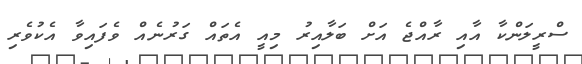
ސްރީލަންކާ އާއި ރާއްޖެ އަށް ބަލާއިރު މިއީ އެތައް ގަރުނެއް ވެފައިވާ އެކުވެރި